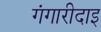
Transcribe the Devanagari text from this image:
गंगारीदाइ